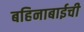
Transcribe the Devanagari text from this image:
बहिनाबाईची